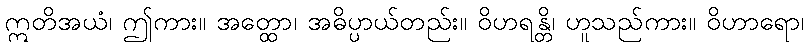
ဣတိအယံ၊ ဤကား။ အတ္ထော၊ အဓိပ္ပာယ်တည်း။ ဝိဟရန္တိ၊ ဟူသည်ကား။ ဝိဟာရော၊